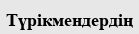
Түрікмендердің